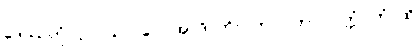
ဒေဿတုံ၊ ငှာ။ ယာ၊ ပေ။ အာဒိ၊ ကို။ (ဘဂဝတာ) ဝုတ္တံ။ တံ၊ ထို